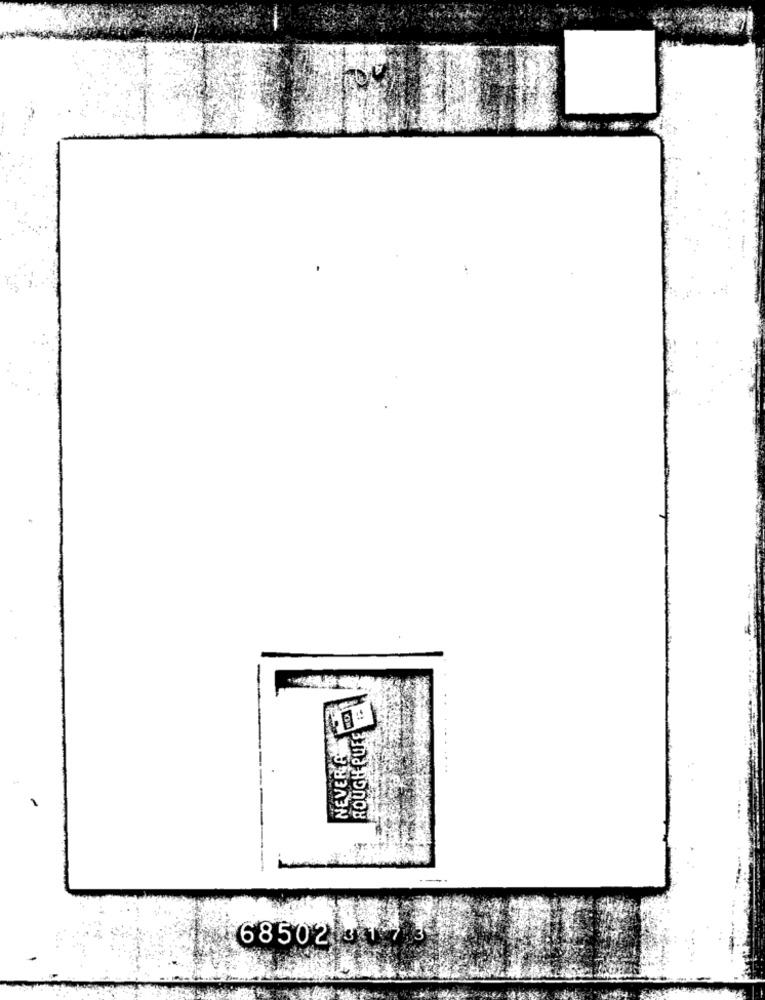
NEVERA
ROUGHE PUFE
68502 31